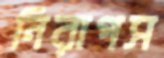
নিরাপস